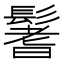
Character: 鬐